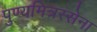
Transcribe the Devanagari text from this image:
पुण्यमित्रस्सेना